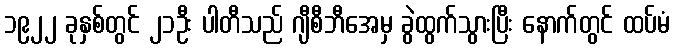
၁၉၂၂ ခုနှစ်တွင် ၂၁ဦး ပါတီသည် ဂျီစီဘီအေမှ ခွဲထွက်သွားပြီး နောက်တွင် ထပ်မံ